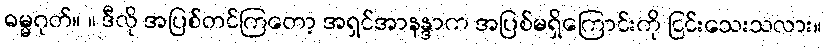
ဓမ္မဂုတ်။ ။ ဒီလို အပြစ်တင်ကြတော့ အရှင်အာနန္ဒာက အပြစ်မရှိကြောင်းကို ငြင်းသေးသလား။